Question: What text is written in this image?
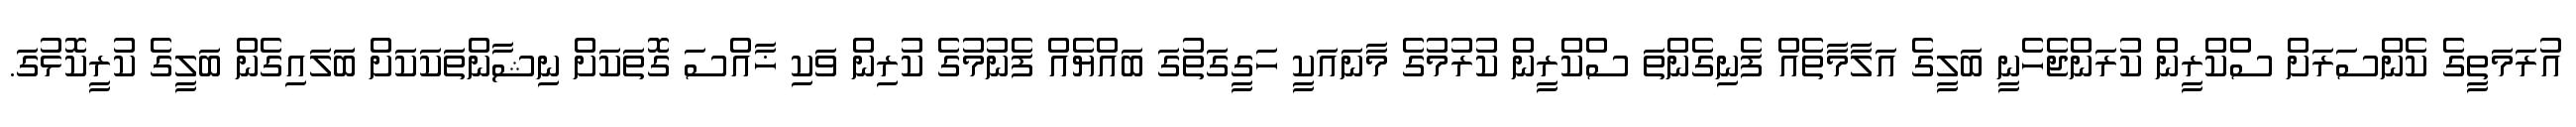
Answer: އުރަމަތީގެ ކެންސަރަށް ސްކްރީން ކުރަންޖެހެނީ ބަލީގެ އަލާމާތެއް ފެނިގެންތަ ސްކްރީން ކުރުމުގެ މާނައަކީ ހަގީގަތުގަ ބައްޔެއް ފެނުމުގެ ކުރިން ވަކި ޚާއްސަ ގޮތަކަށް ނިޝާންތަކަކަށް ބަަލައިގެން ބަލީގެ ކުރީކޮޅުގަ.